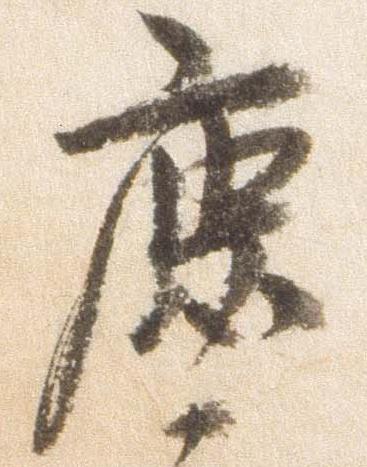
鹿